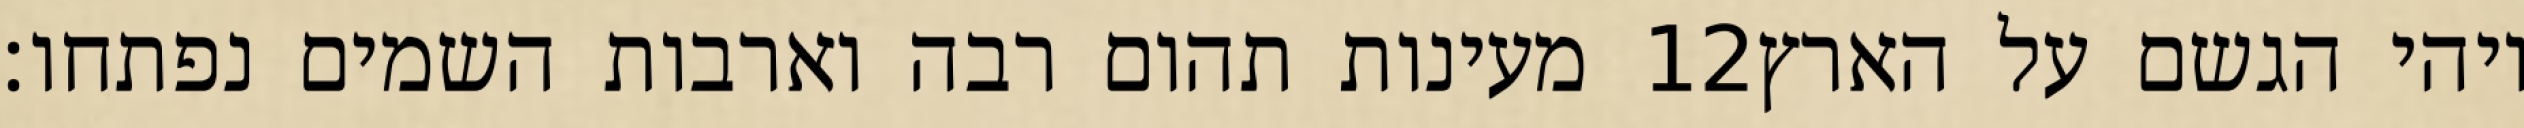
מעינות תהום רבה וארבות השמים נפתחו׃ ‎12‏ ויהי הגשם על הארץ